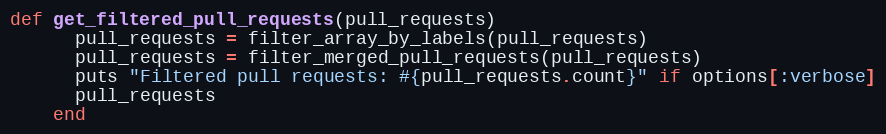
Language: Ruby
def get_filtered_pull_requests(pull_requests)
      pull_requests = filter_array_by_labels(pull_requests)
      pull_requests = filter_merged_pull_requests(pull_requests)
      puts "Filtered pull requests: #{pull_requests.count}" if options[:verbose]
      pull_requests
    end